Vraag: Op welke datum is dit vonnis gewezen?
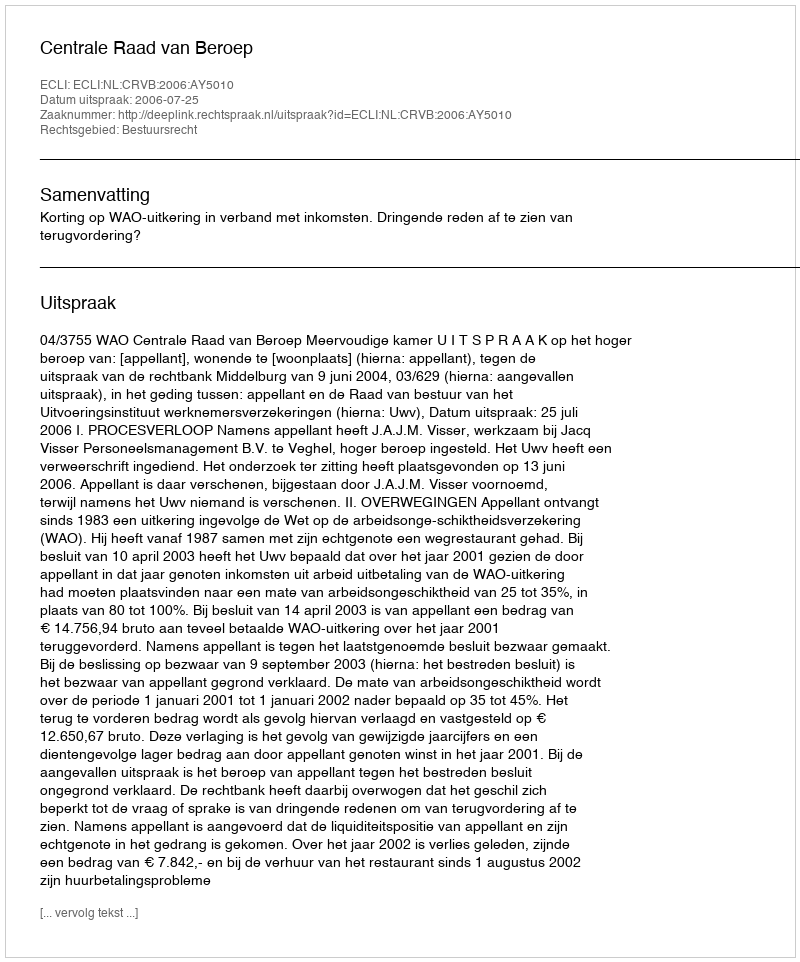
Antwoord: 2006-07-25